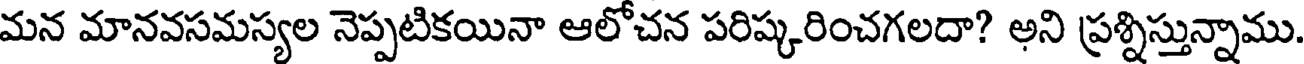
మన మానవసమస్యల నెప్పటికయినా ఆలోచన పరిష్కరించగలదా? అని ప్రశ్నిస్తున్నాము.